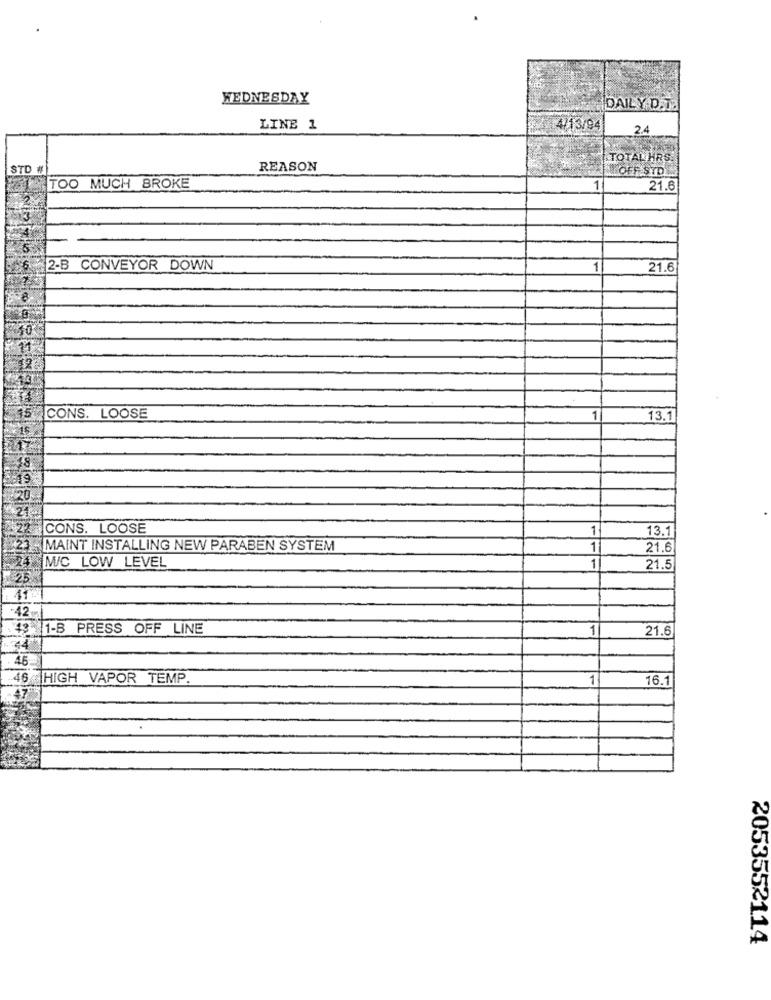
WEDNESDAY
DAILY.D.Da
LINE 1
4/13/94
2.4
TOTAL HRS.
STD #
REASON
HOFF STD
TOO MUCH BROKE
1
21.6
2-B CONVEYOR DOWN
1
21.6
CONS. LOOSE
1
13.1
CONS. LOOSE
1
13.1
MAINT INSTALLING NEW PARABEN SYSTEM
1
21.6
MC LOW LEVEL
1
21.5
1-B PRESS OFF LINE
1
21.6
46
HIGH VAPOR TEMP
1
16.1
2053552114